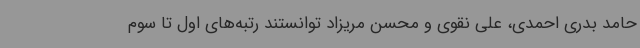
حامد بدری احمدی، علی نقوی و محسن مریزاد توانستند رتبه‌های اول تا سوم